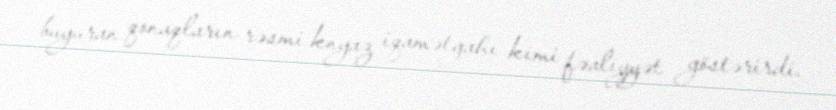
buyuran qonaqların rəsmi knyaz iqamətgahı kimi fəaliyyət göstərirdi.